Report on the working of the Ranchi Indian Mental Hospital, Kanke, in Bihar and Orissa - 1930-1940
Year: 1930
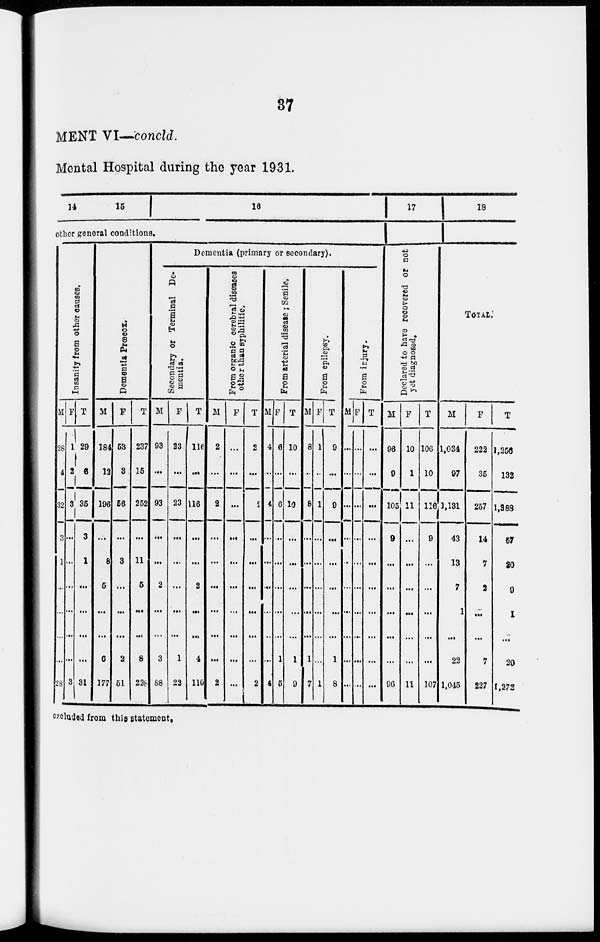
37
MENT VI—concld.
Mental Hospital during the year 1931.
14
15
16
other general conditions.
Insanity from other causes.
M
28
4
32
3
1
...
...
...
...
28
F
1
2
3
...
...
...
...
...
...
3
T
29
6
35
3
1
...
...
...
...
31
Dementia Prœcox.
M
184
12
196
...
8
5
...
...
6
177
F
53
3
56
...
3
...
...
...
2
51
T
237
15
252
...
11
5
...
...
8
228
Dementia (primary or secondary).
Secondary or Terminal De-
mentia.
M
93
...
93
...
...
2
...
...
3
88
F
23
...
23
...
...
...
...
...
1
22
T
116
...
116
...
...
2
...
...
4
110
From organic cerebral diseases
other than syphilitic.
M
2
...
2
...
...
...
...
...
...
2
F
...
...
...
...
...
...
...
...
...
...
T
2
...
2
...
...
...
...
...
...
2
From arterial disease ; Senile.
M
4
...
4
...
...
...
...
...
...
4
F
6
...
6
...
...
...
...
...
1
5
T
10
...
10
...
...
...
...
...
1
9
From epilepsy.
M
8
...
8
...
...
...
...
...
1
7
F
1
...
1
...
...
...
...
...
...
1
T
9
...
9
...
...
...
...
...
1
8
From injury.
M
...
...
...
...
...
...
...
...
...
...
F
...
...
...
...
...
...
...
...
...
...
T
...
...
...
...
...
...
...
...
...
...
17
Declared to have recovered or not
yet diagnosed.
M
96
9
105
9
...
...
...
...
...
96
F
10
1
11
...
...
...
...
...
...
11
T
106
10
116
9
...
...
...
...
...
107
18
TOTAL.
M
1,034
97
1,131
43
13
7
1
...
23
1,045
F
222
35
257
14
7
2
...
...
7
237
T
1,256
132
1,388
57
20
9
1
...
30
1,272
included from this statement.